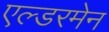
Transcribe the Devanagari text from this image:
एल्डरमेन